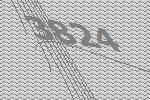
3824